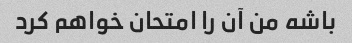
باشه من آن را امتحان خواهم کرد